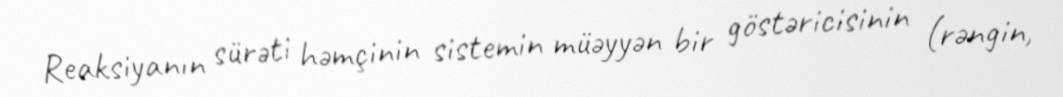
Reaksiyanın sürəti həmçinin sistemin müəyyən bir göstəricisinin (rəngin,